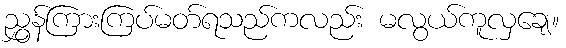
ညွှန်ကြားကြပ်မတ်ရသည်ကလည်း မလွယ်ကူလှချေ။